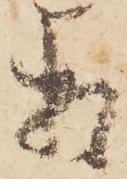
相